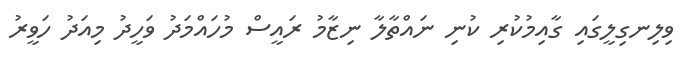
ވިލިނގިލީގައި ގާއިމުކުރި ކުނި ނައްތާލާ ނިޒާމު ރައީސް މުހައްމަދު ވަހީދު މިއަދު ހަވީރު